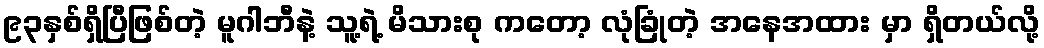
၉၃နှစ်ရှိပြီဖြစ်တဲ့ မူဂါဘီနဲ့ သူ့ရဲ့ မိသားစု ကတော့ လုံခြုံတဲ့ အနေအထား မှာ ရှိတယ်လို့